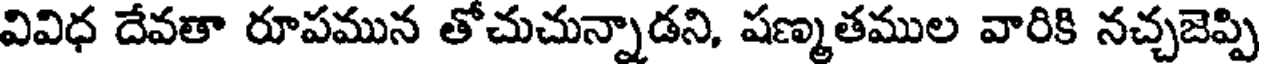
వివిధ దేవతా రూపమున తోచుచున్నాడని, షణ్మతముల వారికి నచ్చజెప్పి